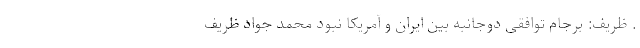
. ظریف: برجام توافقی دوجانبه بین ایران و آمریکا نبود محمد جواد ظریف